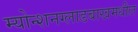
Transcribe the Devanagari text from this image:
म्योन्शनग्लाडबाखमधील